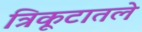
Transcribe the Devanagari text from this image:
त्रिकूटातले